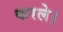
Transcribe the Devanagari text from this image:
करले।